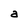
Character: a